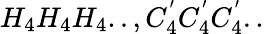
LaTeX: H_{4}H_{4}H_{4}..,C_{4}^{'}C_{4}^{'}C_{4}^{'}..